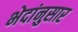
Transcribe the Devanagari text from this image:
भेदांनुसार